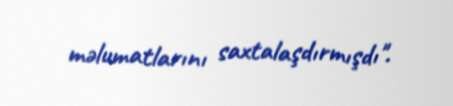
məlumatlarını saxtalaşdırmışdı".